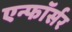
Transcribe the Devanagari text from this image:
एन्फाॅर्सर